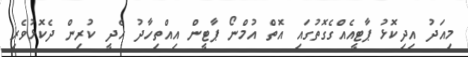
މިއަދު އިދިކޮޅު ޕާޓީއެއްގެގޮތުގައި އޮތް އުމްނޯ ޕާޓީން އިއްތިހާދު ހެދީ ކުރިން ދެކޮޅުވެރި